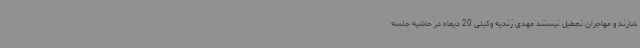
شازند و مهاجران تعطیل نیستند مهدی زندیه وکیلی 20 دیماه در حاشیه جلسه